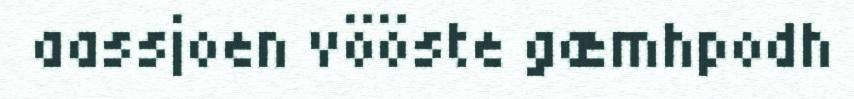
aassjoen vööste gæmhpodh